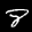
Label: 8